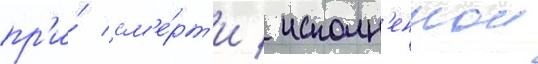
пр'и́ см'е́рт'и / исполн'еннои